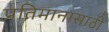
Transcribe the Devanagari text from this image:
प्रतिमानासाठी